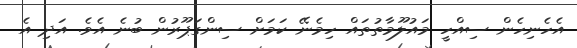
އެހެނިހެން ސިއްހީ މައުލޫމާތުތައް ހިމެނޭ ކަމަށް ސިންގަޕޫރުން ބުނެ އެވެ. އަދި އެ